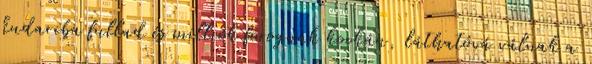
kudarcba fullad és milliók forognak kockán, láthatóvá válnak a